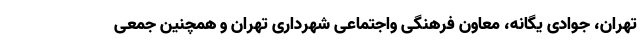
تهران، جوادی یگانه، معاون فرهنگی واجتماعی شهرداری تهران و همچنین جمعی